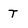
Character: t